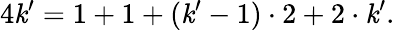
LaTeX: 4\mathit{k}^{\prime}=1+1+(\mathit{k}^{\prime}-1)\cdot2+2\cdot\mathit{k}^{\prime}.